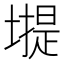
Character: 𡐾